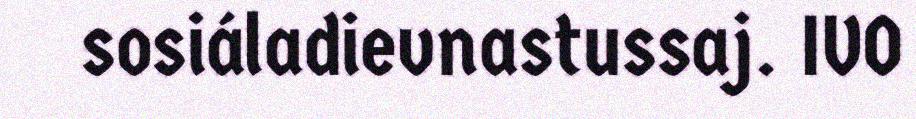
sosiáladievnastussaj. IVO